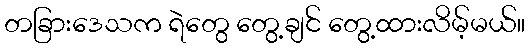
တခြားဒေသက ရဲတွေ တွေ့ချင် တွေ့ထားလိမ့်မယ်။